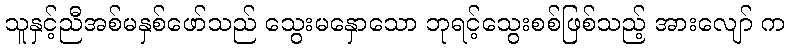
သူနှင့်ညီအစ်မနှစ်ဖော်သည် သွေးမနှောသော ဘုရင့်သွေးစစ်ဖြစ်သည့် အားလျော် က